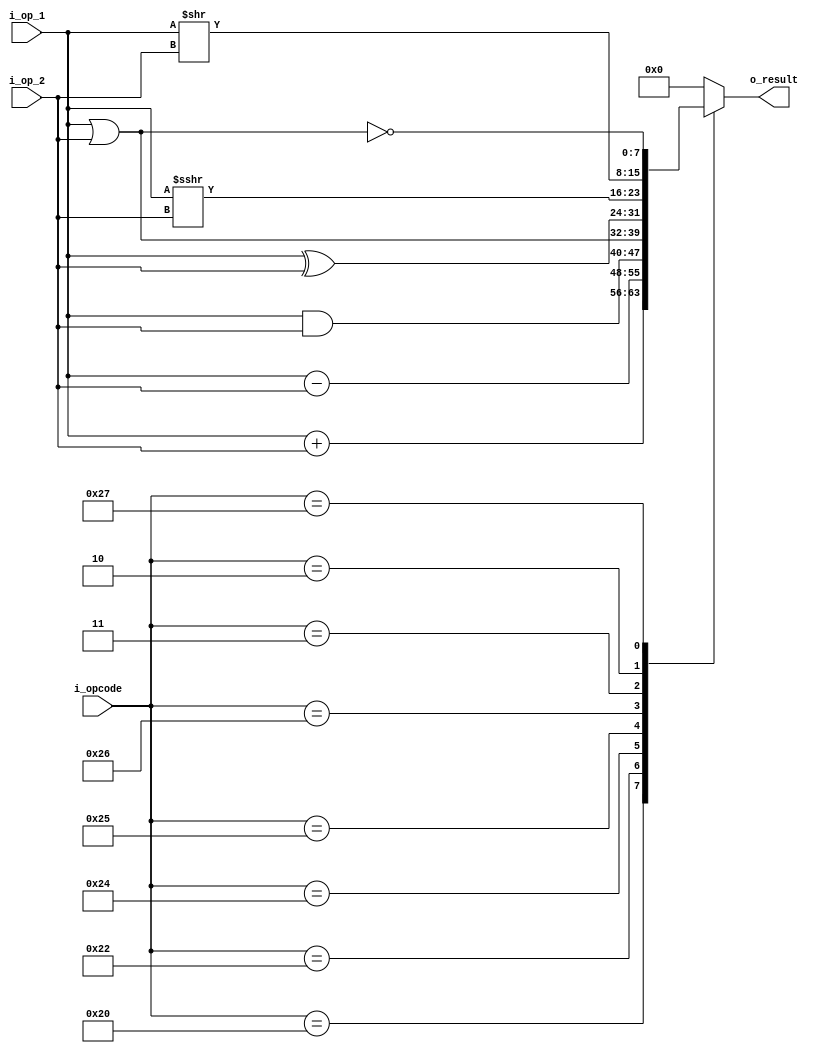
`timescale 1ns / 1ps

module alu #( 
    parameter NB_DATA = 8, NB_OPCODE = 6
)(
    input wire signed [NB_DATA-1:0] i_op_1,
    input wire signed [NB_DATA-1:0] i_op_2, 
    input wire [NB_OPCODE-1:0] i_opcode,
  	output wire signed [NB_DATA-1:0] o_result
);

//operations opcodes
localparam  ADD = 6'b100000;
localparam  SUB = 6'b100010;
localparam  AND = 6'b100100;
localparam  OR  = 6'b100101;
localparam  XOR = 6'b100110;
localparam  SRA = 6'b000011;
localparam  SRL = 6'b000010;
localparam  NOR = 6'b100111;

reg signed [NB_DATA-1 : 0] result; //register for storing result
assign o_result = result;


//combinational logic bock
always @(*)
begin
    case (i_opcode)
        ADD : result = i_op_1 + i_op_2;   
        SUB : result = i_op_1 - i_op_2;    
      	AND : result= i_op_1 & i_op_2;    
        OR  : result = i_op_1 | i_op_2;    
        XOR : result = i_op_1 ^ i_op_2;   
        SRA : result = i_op_1 >>> i_op_2;  
        SRL : result = i_op_1 >> i_op_2;   
        NOR : result = ~(i_op_1 | i_op_2); 
    default: result = {NB_DATA {1'b0}}; //non valid opcode -> output = 0
    endcase
end
endmodule